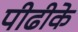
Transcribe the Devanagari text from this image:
पीढीके